Report of the Indian Hemp Drugs Commission, 1894-1895 - Volume I
Year: 1894
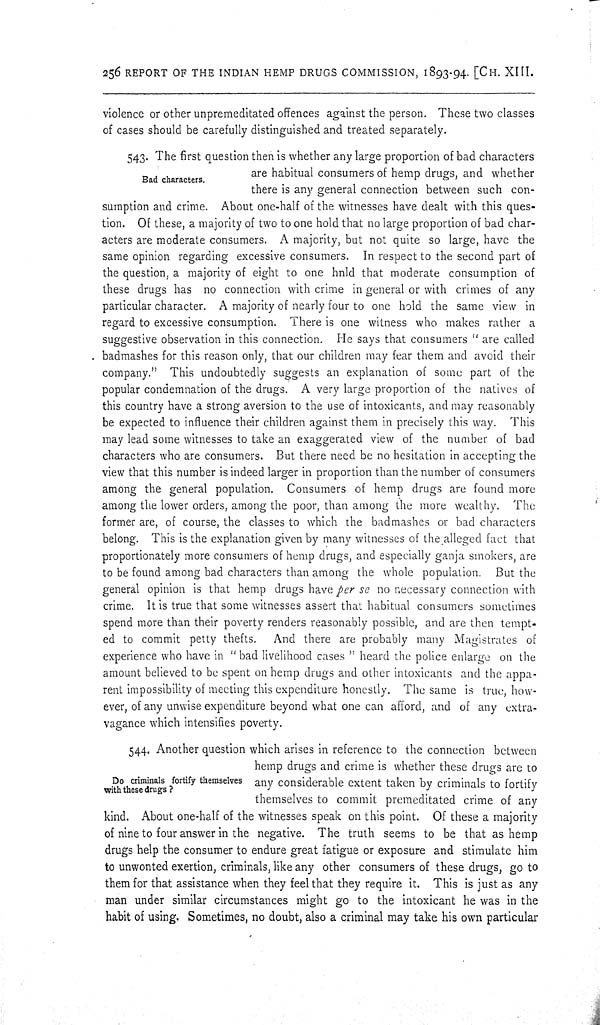
256 REPORT OF THE INDIAN HEMP DRUGS COMMISSION, 1893-94. [CH. XIII.
violence or other unpremeditated offences against the person. These two classes
of cases should be carefully distinguished and treated separately.
Bad characters.
543. The first question then is whether any large proportion of bad characters
are habitual consumers of hemp drugs, and whether
there is any general connection between such con-
sumption and crime. About one-half of the witnesses have dealt with this ques-
tion. Of these, a majority of two to one hold that no large proportion of bad char-
acters are moderate consumers. A majority, but not quite so large, have the
same opinion regarding excessive consumers. In respect to the second part of
the question, a majority of eight to one hnld that moderate consumption of
these drugs has no connection with crime in general or with crimes of any
particular character. A majority of nearly four to one hold the same view in
regard to excessive consumption. There is one witness who makes rather a
suggestive observation in this connection. He says that consumers "are called
badmashes for this reason only, that our children may fear them and avoid their
company." This undoubtedly suggests an explanation of some part of the
popular condemnation of the drugs. A very large proportion of the natives of
this country have a strong aversion to the use of intoxicants, and may reasonably
be expected to influence their children against them in precisely this way. This
may lead some witnesses to take an exaggerated view of the number of bad
characters who are consumers. But there need be no hesitation in accepting the
view that this number is indeed larger in proportion than the number of consumers
among the general population. Consumers of hemp drugs are found more
among the lower orders, among the poor, than among the more wealthy. The
former are, of course, the classes to which the badmashes or bad characters
belong. This is the explanation given by many witnesses of the alleged fact that
proportionately more consumers of hemp drugs, and especially ganja smokers, are
to be found among bad characters than among the whole population. But the
general opinion is that hemp drugs have per se no necessary connection with
crime. It is true that some witnesses assert that habitual consumers sometimes
spend more than their poverty renders reasonably possible, and are then tempt-
ed to commit petty thefts. And there are probably many Magistrates of
experience who have in "bad livelihood cases" heard the police enlarge on the
amount believed to be spent on hemp drugs and other intoxicants and the appa-
rent impossibility of meeting this expenditure honestly. The same is true, how-
ever, of any unwise expenditure beyond what one can afford, and of any extra-
vagance which intensifies poverty.
Do criminals fortify themselves
with these drugs?
544. Another question which arises in reference to the connection between
hemp drugs and crime is whether these drugs are to
any considerable extent taken by criminals to fortify
themselves to commit premeditated crime of any
kind. About one-half of the witnesses speak on this point. Of these a majority
of nine to four answer in the negative. The truth seems to be that as hemp
drugs help the consumer to endure great fatigue or exposure and stimulate him
to unwonted exertion, criminals, like any other consumers of these drugs, go to
them for that assistance when they feel that they require it. This is just as any
man under similar circumstances might go to the intoxicant he was in the
habit of using. Sometimes, no doubt, also a criminal may take his own particular